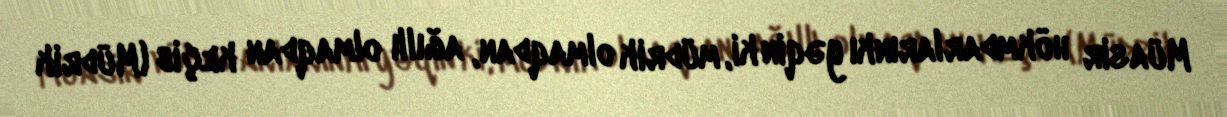
Müasir hökmdarlarınkı yəqin ki, müdrik olmaqdan, ağıllı olmaqdan keçib (Müdrik